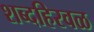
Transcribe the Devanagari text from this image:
शब्दहिरवळ